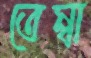
তেম্বা